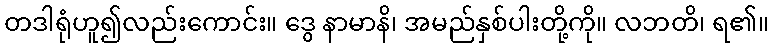
တဒါရုံဟူ၍လည်းကောင်း။ ဒွေ နာမာနိ၊ အမည်နှစ်ပါးတို့ကို။ လဘတိ၊ ရ၏။